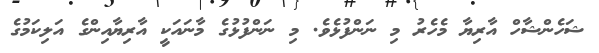
ޝަހެންޝާހް އާރިޔާ މެހެރު މި ނަންފުޅެވެ. މި ނަންފުޅުގެ މާނައަކީ އާރިޔާއިންގެ އަލިކަމުގެ